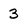
Character: 3